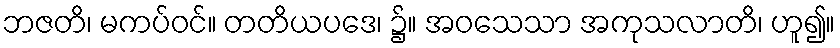
ဘဇတိ၊ မကပ်ဝင်။ တတိယပဒေ၊ ၌။ အဝသေသာ အကုသလာတိ၊ ဟူ၍။